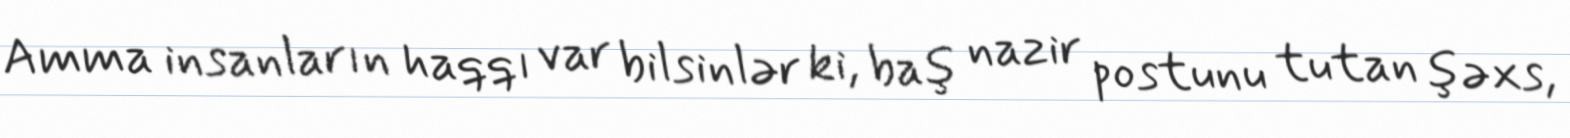
Amma insanların haqqı var bilsinlər ki, baş nazir postunu tutan şəxs,